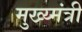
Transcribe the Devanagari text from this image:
मुख्य्मंत्री